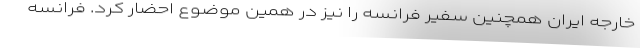
خارجه ایران همچنین سفیر فرانسه را نیز در همین موضوع احضار کرد. فرانسه